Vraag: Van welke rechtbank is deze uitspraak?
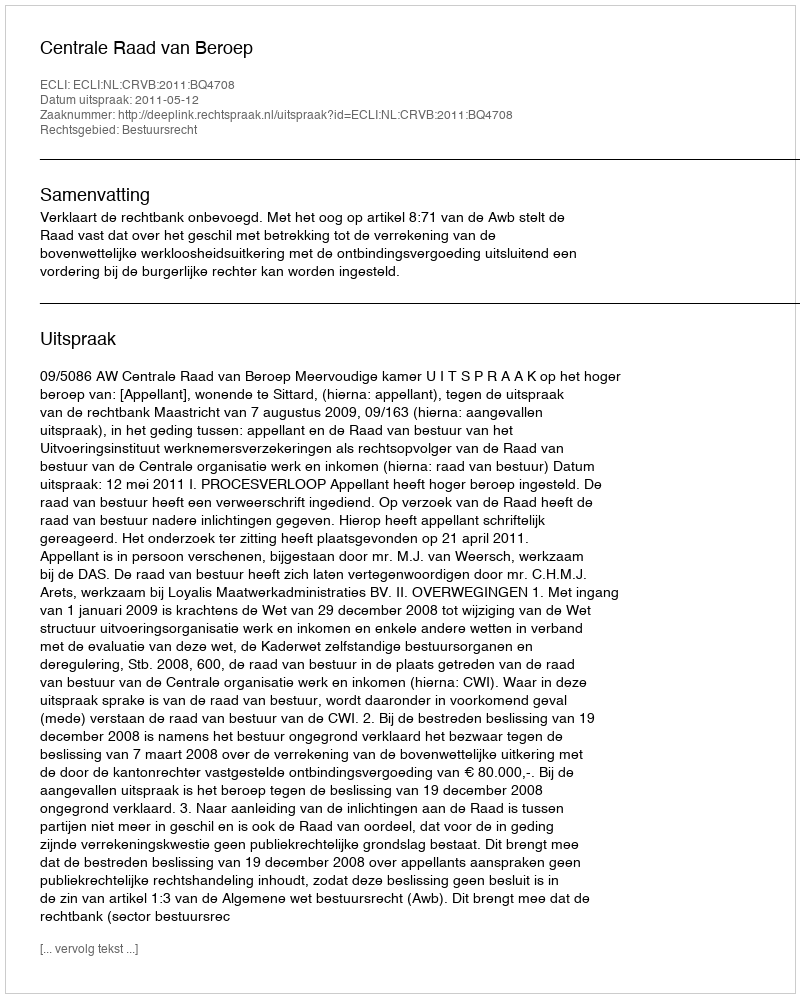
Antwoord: Centrale Raad van Beroep